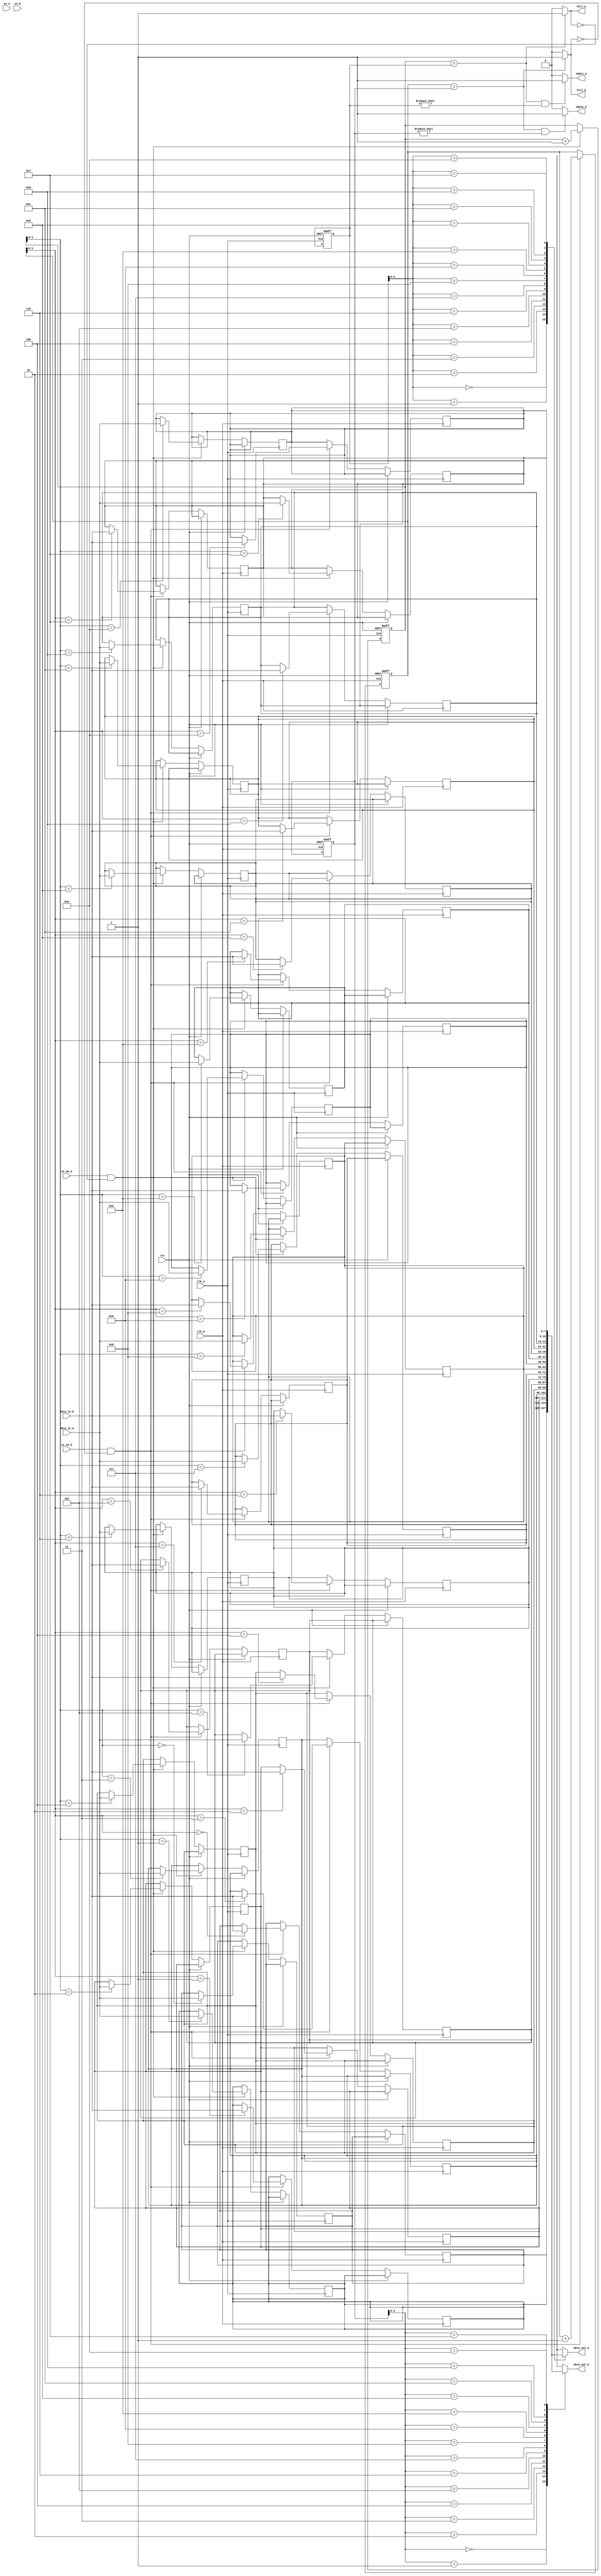
module DualPortFIFO (
    input wire clk_a,
    input wire clk_b,
    input wire rst,
    
    // Port A
    input wire en_a,
    input wire [7:0] data_in_a,
    output wire [7:0] data_out_a,
    input wire wr_en_a,
    output wire full_a,
    output wire empty_a,
    
    // Port B
    input wire en_b,
    input wire [7:0] data_in_b,
    output wire [7:0] data_out_b,
    input wire wr_en_b,
    output wire full_b,
    output wire empty_b
);

// FIFO buffer size
parameter BUFFER_SIZE = 16;
parameter POINTER_WIDTH = $clog2(BUFFER_SIZE);

// FIFO buffer memory
reg [7:0] mem [0:BUFFER_SIZE-1];
reg [7:0] read_ptr_a = 0;
reg [7:0] write_ptr_a = 0;
reg [7:0] read_ptr_b = 0;
reg [7:0] write_ptr_b = 0;

// FIFO buffer full and empty checks for Port A
assign full_a = (write_ptr_a == read_ptr_a) ? 1'b1 : 1'b0;
assign empty_a = ((write_ptr_a == read_ptr_a) && (read_ptr_a != 0)) ? 1'b1 : 1'b0;

// FIFO buffer full and empty checks for Port B
assign full_b = (write_ptr_b == read_ptr_b) ? 1'b1 : 1'b0;
assign empty_b = ((write_ptr_b == read_ptr_b) && (read_ptr_b != 0)) ? 1'b1 : 1'b0;

// Write data to FIFO buffer
always @(posedge clk_a or posedge rst) begin
    if (rst) begin
        read_ptr_a <= 0;
        write_ptr_a <= 0;
    end else begin
        if (wr_en_a && !full_a) begin
            mem[write_ptr_a] <= data_in_a;
            write_ptr_a <= write_ptr_a + 1;
        end
    end
end

// Read data from FIFO buffer for Port A
assign data_out_a = mem[read_ptr_a];

// Write data to FIFO buffer
always @(posedge clk_b or posedge rst) begin
    if (rst) begin
        read_ptr_b <= 0;
        write_ptr_b <= 0;
    end else begin
        if (wr_en_b && !full_b) begin
            mem[write_ptr_b] <= data_in_b;
            write_ptr_b <= write_ptr_b + 1;
        end
    end
end

// Read data from FIFO buffer for Port B
assign data_out_b = mem[read_ptr_b];

endmodule